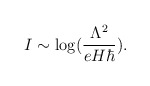
\begin{align*}I \sim \log ({\Lambda^2 \over eH\hbar}). \end{align*}